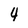
Character: 4